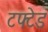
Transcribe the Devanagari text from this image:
टफ्टेड